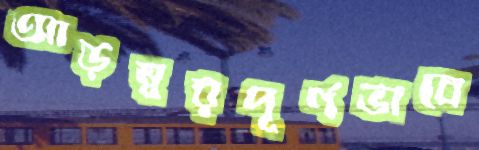
আড়ম্বরপূর্ণভাবে